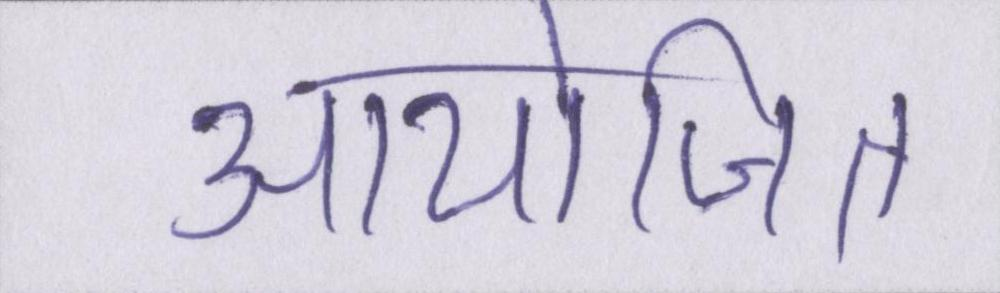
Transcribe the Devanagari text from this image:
आयोजित